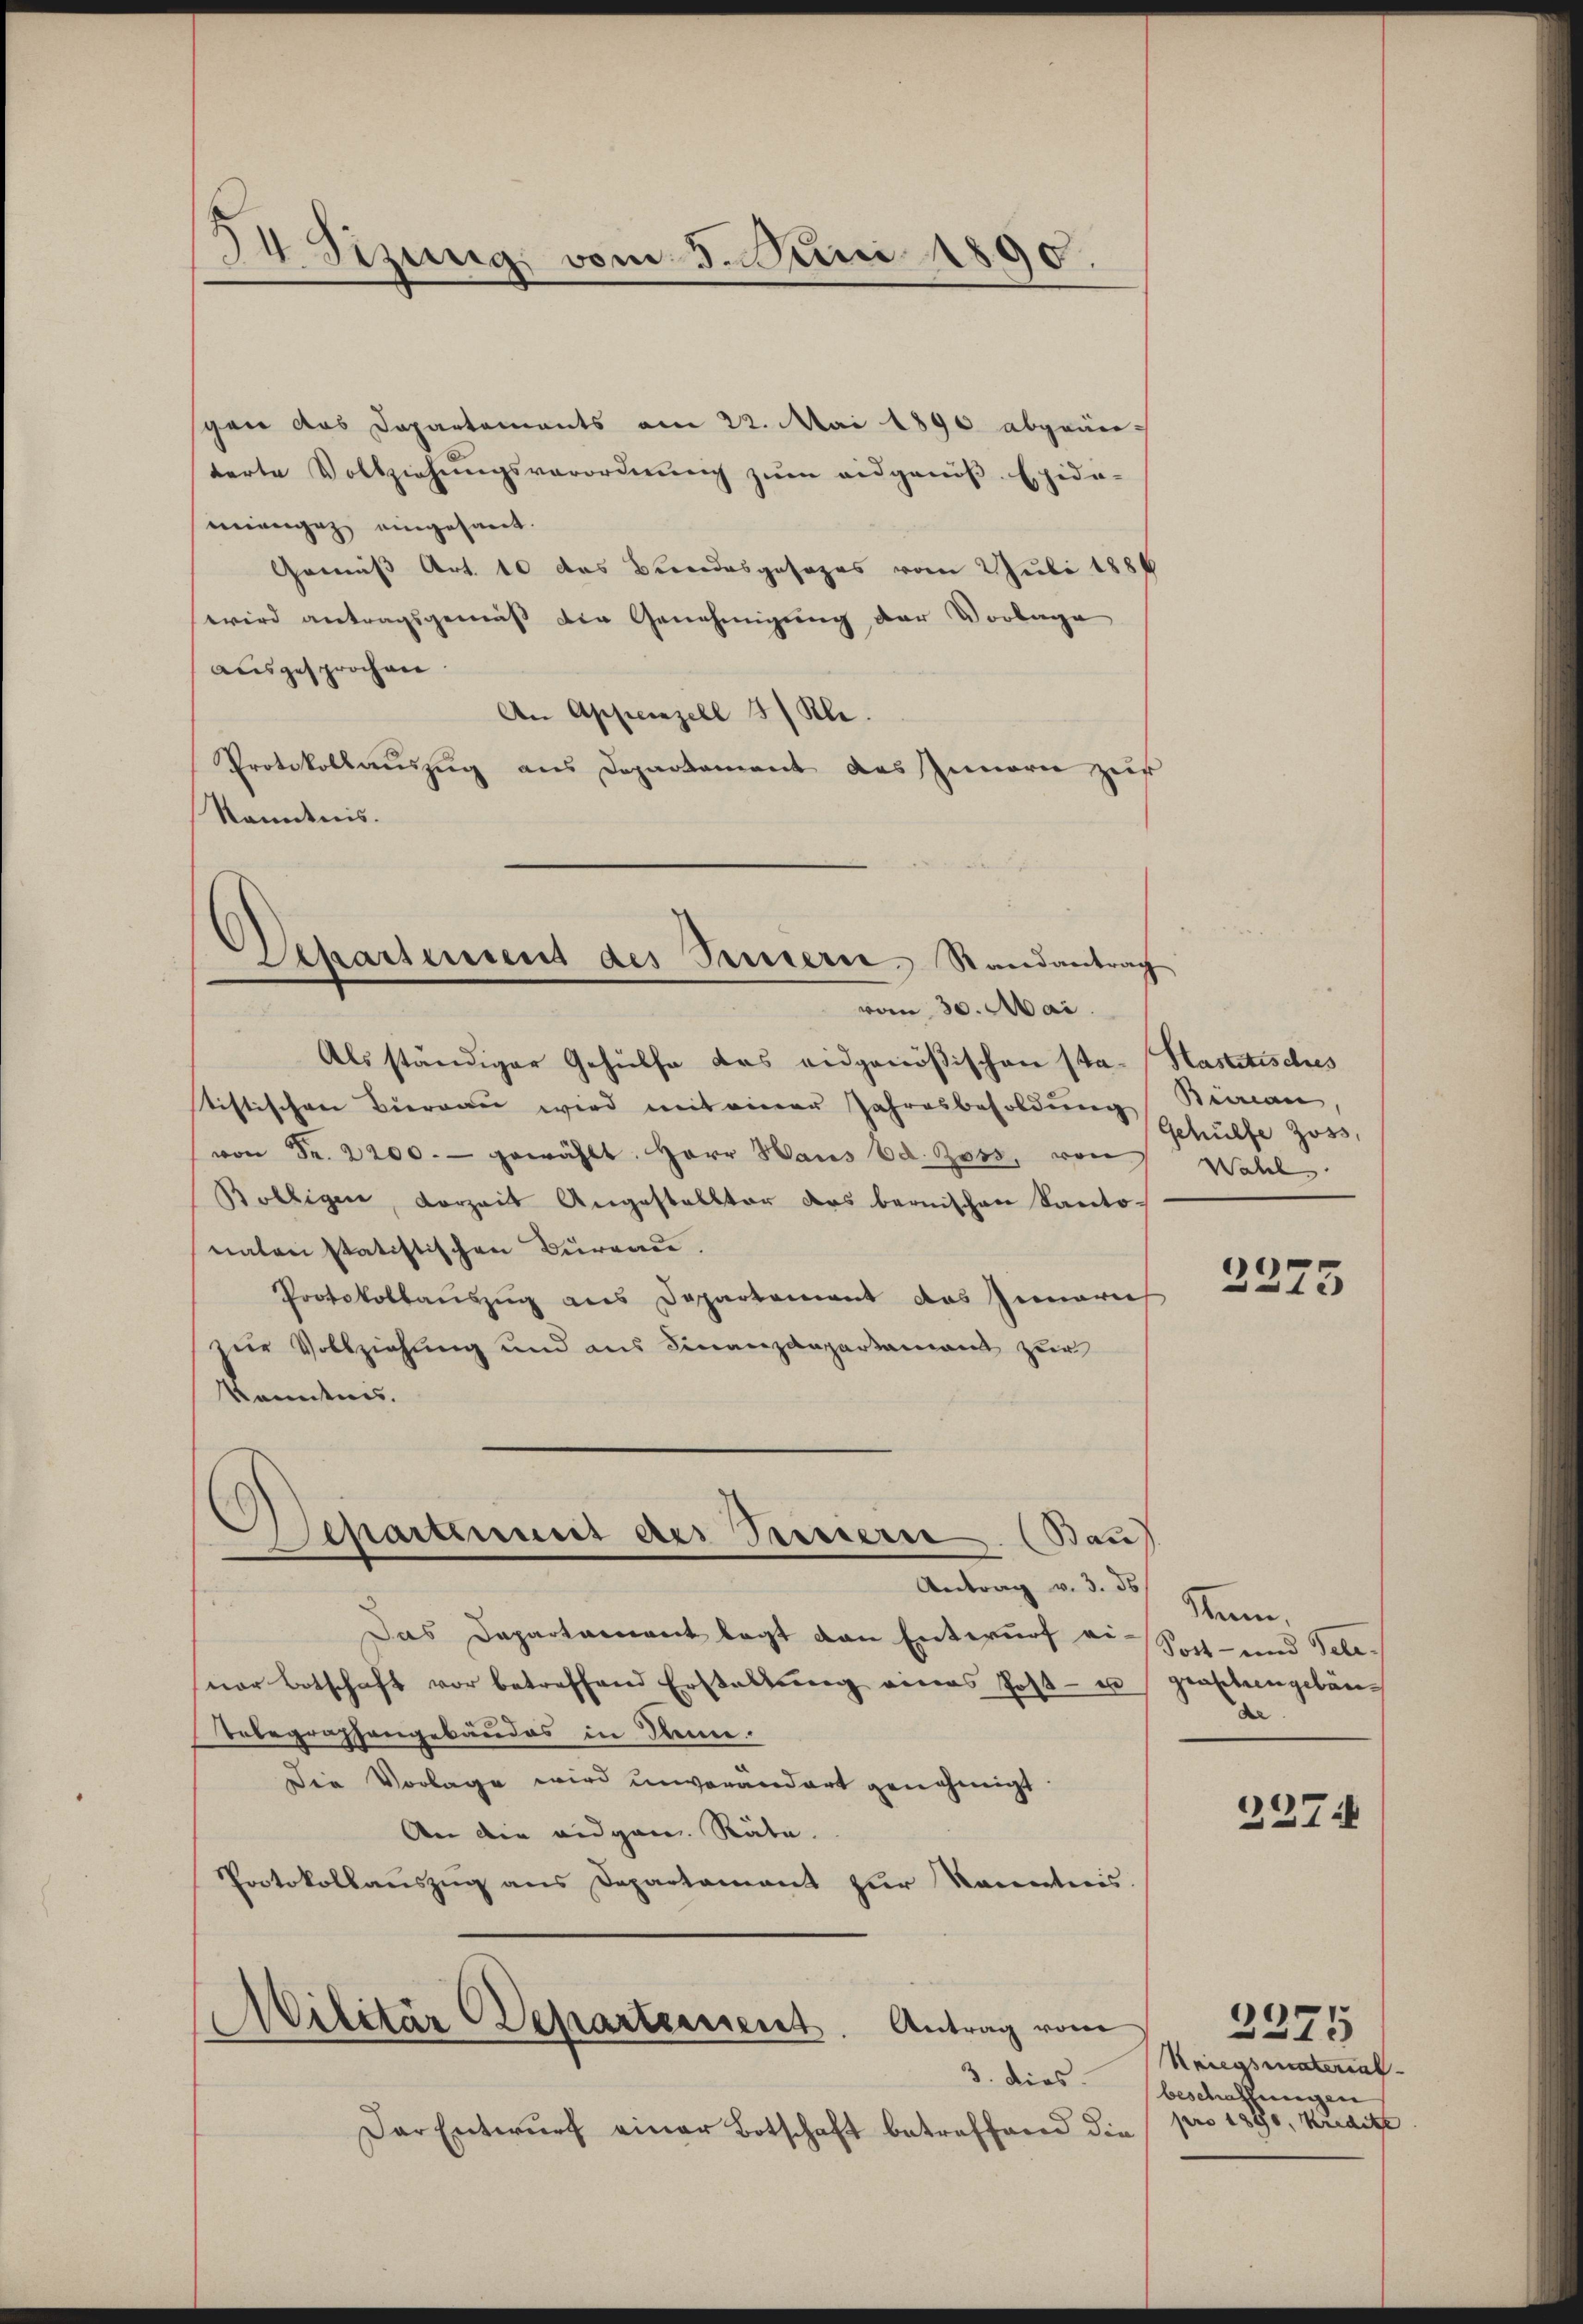
34 Sizung vom 5. uni 1890.

gan das Departements am 22. Mai 1890 abgeänterte Vollziehŭngsverordnŭng zŭm eidgenöβ-Epida-
menge eingesant.
Gemäß Art. 10 das Bundesgesages vom 2 Juli 1884
wird antragsgemäß der Genehmigung der Vorlage
ausgesprochen.
An Appenzell 3 Kl.
Protokollauszug aus Departement des Innern zur
Kenntnis.

Departement des Sauern. Randantrag
vom 30. Mai.

Bau
Schartens des Innern

Als ständiger Gehülfe das eidgenößischen Sta-Hastetisches
tistischen Biernau wird mit einer Jahresbesoldung
von Fr. 2200.- gewählt. Herr Haus Ed. Ross, von Wahl
Bolligen, vorzeit Angestellter das bernischen Kanto-
naten statistischen Bureau.
Protokollauszug aus Departement das Innerich
zur Vollziehung und aus Finanzdepartamant zur
kanntnis.

Antrag v. 3. ds
Das Departament legt den Entwurf einor botschaft vor betreffend Erstellŭng eines Post- u gestengebäu¬
Telegraphengebäudes in dann.
Die Vorlage wird unverändert genehmigt.
An die eidgen. Räte.
Protokollauszug aus Departement zur Kenntnis.
Militär Departeinsent. Antrag vom
3. dies
Der Entwurf einer Botschaft betreffend die

Bureau,
Gehülfe Zoss,

2275

Kam.
Post- und Tele¬

227:

Kriegsmaterial
beschaffungen
pro 1880, Kredite

2375